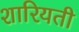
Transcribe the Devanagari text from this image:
शारियती